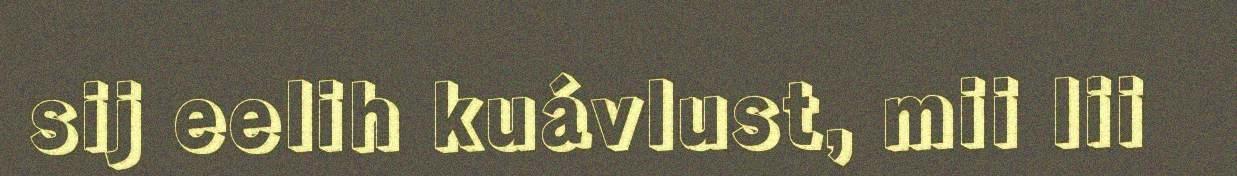
sij eelih kuávlust, mii lii